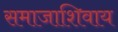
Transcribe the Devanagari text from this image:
समाजाशिवाय